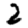
Digit: 2